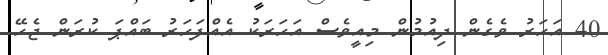
40 އަހަރު ވެގެން ދިއުމުން މިއީވެސް އަހަރަކު އެއްފަހަރު ބައްޕަ ކުރަން ޖެހޭ